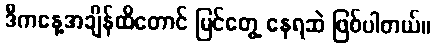
ဒီကနေ့အချိန်ထိတောင် မြင်တွေ့ နေရဆဲ ဖြစ်ပါတယ်။